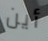
أين